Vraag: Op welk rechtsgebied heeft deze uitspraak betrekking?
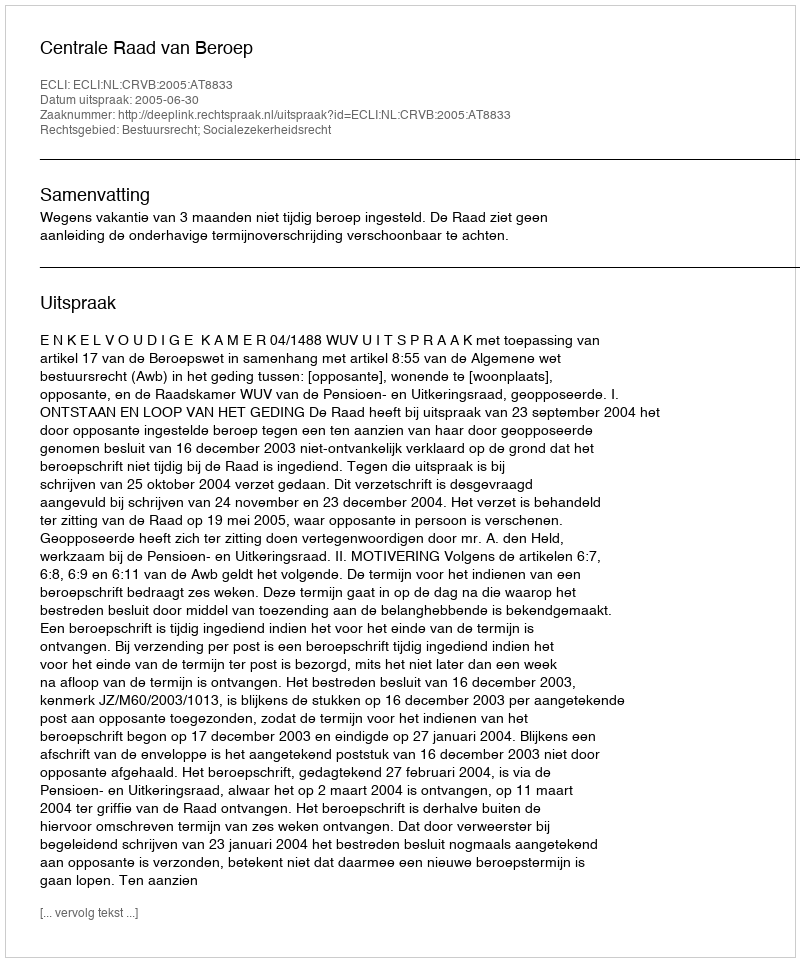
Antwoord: Bestuursrecht; Socialezekerheidsrecht